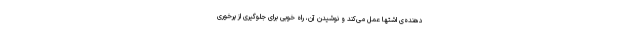
دهنده‌ی اشتها عمل می‌کند و نوشیدن آن، راه خوبی برای جلوگیری از پرخوری